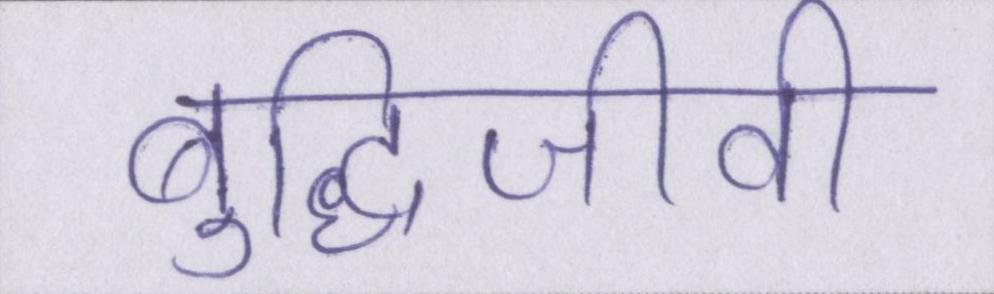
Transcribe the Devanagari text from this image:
बुद्धिजीवी